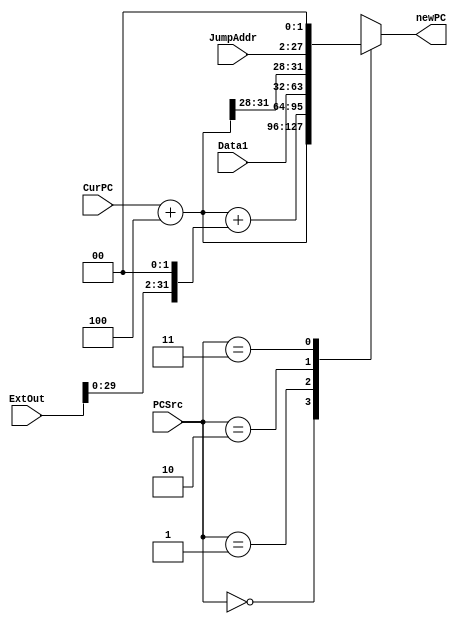
`timescale 1ns / 1ps

module Get_newPC(
    input [1:0] PCSrc,
    input [31:0] CurPC,
    input [31:0] ExtOut,
    input [31:0] Data1,//
    input [25:0] JumpAddr,
    output reg [31:0] newPC
    );
    wire [31:0] PC4=CurPC+4;
    always@(*) begin
        case(PCSrc)
            2'b00:newPC=PC4;
            2'b01:newPC=PC4+(ExtOut<<2);
            2'b10:newPC=Data1;
            2'b11:newPC={PC4[31:28],JumpAddr[25:0],2'b00};
        endcase
    end
endmodule